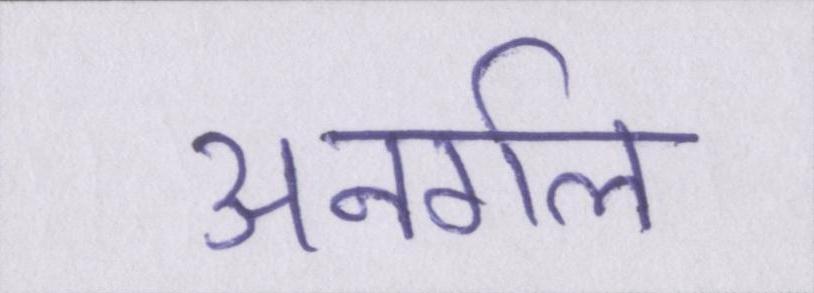
अनर्गल